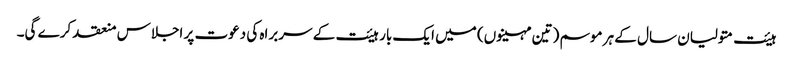
ہیئت متولیان سال کے ہر موسم (تین مہینوں) میں ایک بار ہیئت کے سربراہ کی دعوت پر اجلاس منعقد کرے گی۔